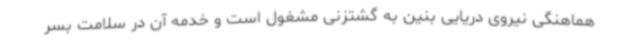
هماهنگی نیروی دریایی بنین به گشتزنی مشغول است و خدمه آن در سلامت بسر